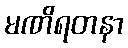
မဏိရတနာ